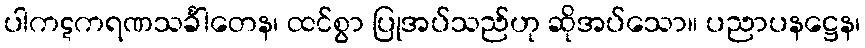
ပါကဋကရဏသင်္ခါတေန၊ ထင်စွာ ပြုအပ်သည်ဟု ဆိုအပ်သော။ ပညာပနဋ္ဌေန၊